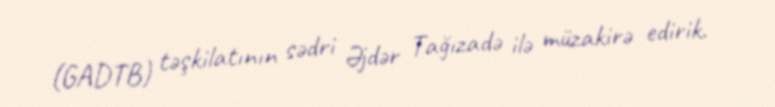
(GADTB) təşkilatının sədri Əjdər Tağızadə ilə müzakirə edirik.